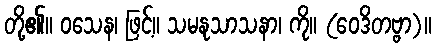
တို့၏။ ဝသေန၊ ဖြင့်။ သမနုသာသနာ၊ ကို။ (ဝေဒိတဗ္ဗာ)။